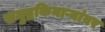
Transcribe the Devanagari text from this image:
समुद्रकिनाऱ्यांवर